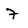
Character: 7